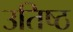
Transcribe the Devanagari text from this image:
उतिष्ठ